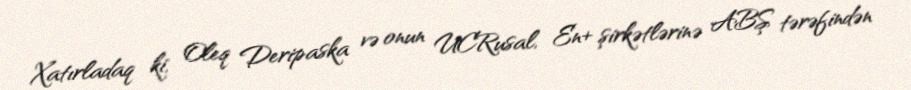
Xatırladaq ki, Oleq Deripaska və onun UCRusal, En+ şirkətlərinə ABŞ tərəfindən